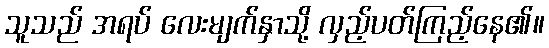
သူသည် အရပ် လေးမျက်နှာသို့ လှည့်ပတ်ကြည့်နေ၏။